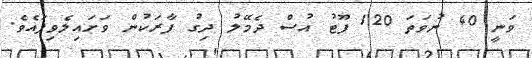
ވަނީ 40 ނުވަތަ 120 ފޫޓު އުސް ދެމޭލު ދިގު ފާރަކުން ވަށައިލެވިފައެވެ.